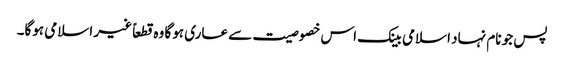
پس جو نام نہاد اسلامی بینک اس خصوصیت سے عاری ہوگا وہ قطعاً غیر اسلامی ہوگا۔